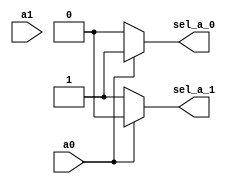
module arbiter(
    input a0,a1,
    output reg  sel_a_0,sel_a_1);
    
   always@(*)
    begin
      if(a0 == 0) 
        sel_a_0 = 0;
      else
         sel_a_0 = 1;
    end
    
    always@(*)
    begin
      if(a0 == 1) 
        sel_a_1 = 0;
      else
         sel_a_1 = 1;
    end
    
endmodule